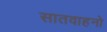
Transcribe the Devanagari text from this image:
सातवाहनो